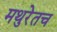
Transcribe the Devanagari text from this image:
मथुरेतच